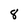
Character: 8